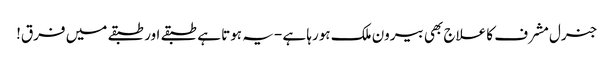
جنرل مشرف کا علاج بھی بیرون ملک ہورہا ہے -یہ ہوتا ہے طبقے اور طبقے میں فرق!